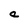
Character: a